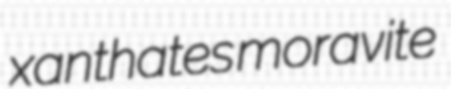
xanthates moravite